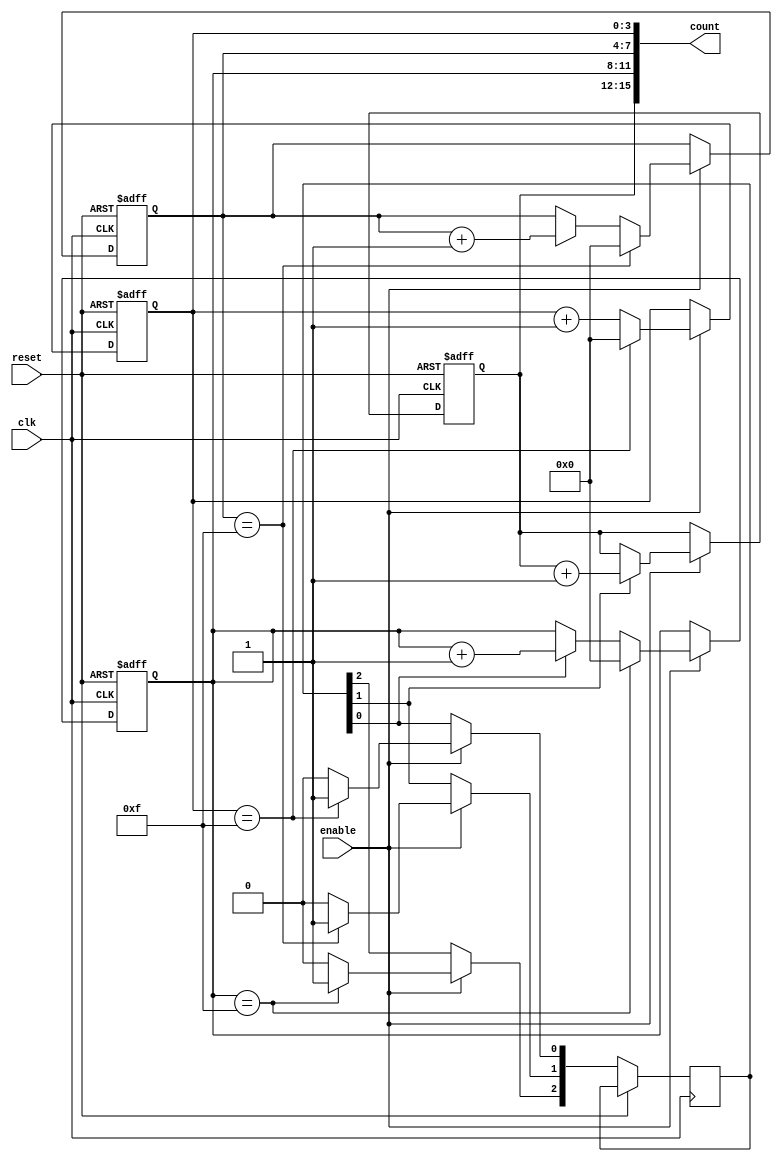
module cascaded_counter #(
    parameter NUM_BLOCKS = 4, // Number of memory blocks
    parameter BLOCK_SIZE = 4   // Size of each memory block in bits
)(
    input wire clk,            // Clock input
    input wire reset,          // Asynchronous reset
    input wire enable,         // Enable signal
    output reg [(NUM_BLOCKS * BLOCK_SIZE) - 1:0] count // Output count
);

    // Internal registers for each memory block
    reg [BLOCK_SIZE-1:0] memory_blocks [0:NUM_BLOCKS-1];

    // Carry signal for each block
    wire [NUM_BLOCKS-1:0] carry;

    // Initialize the count on reset
    integer i;
    always @(posedge reset or posedge clk) begin
        if (reset) begin
            // Reset all memory blocks to zero
            for (i = 0; i < NUM_BLOCKS; i = i + 1) begin
                memory_blocks[i] <= 0;
            end
        end else if (enable) begin
            // Increment the least significant block
            memory_blocks[0] <= memory_blocks[0] + 1;

            // Handle carry propagation
            for (i = 0; i < NUM_BLOCKS - 1; i = i + 1) begin
                if (memory_blocks[i] == {BLOCK_SIZE{1'b1}}) begin
                    memory_blocks[i] <= 0; // Reset current block on overflow
                    carry[i+1] <= 1; // Generate carry for next block
                end else begin
                    carry[i+1] <= 0; // No carry
                end
                // Increment the next block if there is a carry
                if (carry[i]) begin
                    memory_blocks[i+1] <= memory_blocks[i+1] + 1;
                end
            end
        end
    end

    // Concatenate the output from all memory blocks
    always @(*) begin
        count = {memory_blocks[NUM_BLOCKS-1], memory_blocks[NUM_BLOCKS-2],
                 memory_blocks[NUM_BLOCKS-3], memory_blocks[NUM_BLOCKS-4]};
    end

endmodule